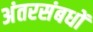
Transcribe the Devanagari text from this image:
अंतरसंबधों